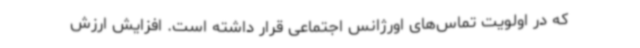
که در اولویت تماس‌های اورژانس اجتماعی قرار داشته است. افزایش ارزش